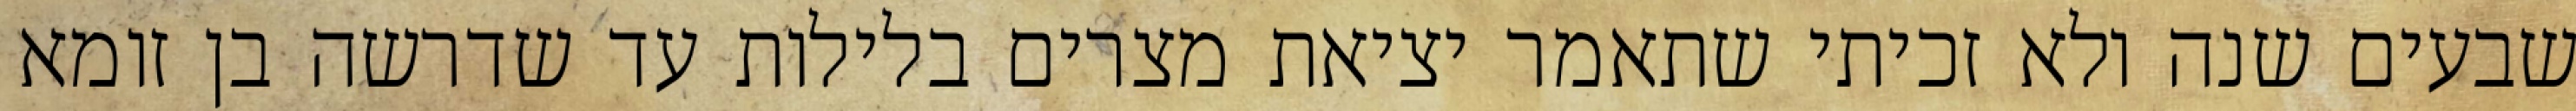
שבעים שנה ולא זכיתי שתאמר יציאת מצרים בלילות עד שדרשה בן זומא